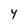
Character: Y